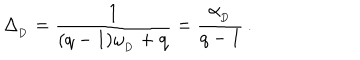
\Delta _ { _ \mathrm { D } } = { \frac { 1 } { ( { q - 1 } ) \omega _ { _ \mathrm { D } } + \mathrm { q } } } = { \frac { \alpha _ { _ \mathrm { D } } } { q - 1 } } \, .